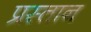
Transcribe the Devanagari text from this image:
प्रस्तान